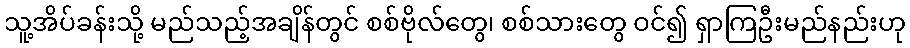
သူ့အိပ်ခန်းသို့ မည်သည့်အချိန်တွင် စစ်ဗိုလ်တွေ၊ စစ်သားတွေ ဝင်၍ ရှာကြဦးမည်နည်းဟု